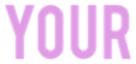
YOUR